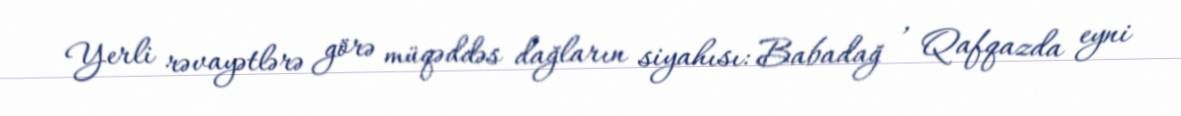
Yerli rəvayətlərə görə müqəddəs dağların siyahısı: Babadağ , Qafqazda eyni